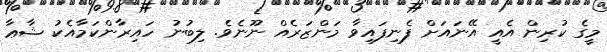
މީގެ ކުރިން އެއީ އޭނައަށް ފެނިފައިވާ މަންޒަރެއް ނޫނެވެ. ލިބުނު ހައިރާންކަމާއެކު ޝާޢާ